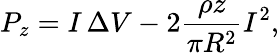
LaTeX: P_{z}=I\, \Delta V-2\frac{\rho z}{\pi R^{2}}I^{2},